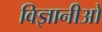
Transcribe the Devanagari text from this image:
विज्ञानीओ